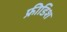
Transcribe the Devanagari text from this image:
फ्रीडिश